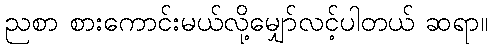
ညစာ စားကောင်းမယ်လို့မျှော်လင့်ပါတယ် ဆရာ။